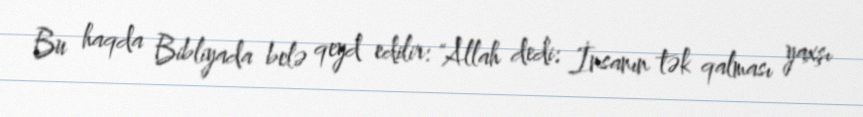
Bu haqda Bibliyada belə qeyd edilir: "Allah dedi: İnsanın tək qalması yaxşı